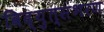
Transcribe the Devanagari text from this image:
विद्युत्संभरण